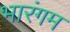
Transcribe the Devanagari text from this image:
भारंगम